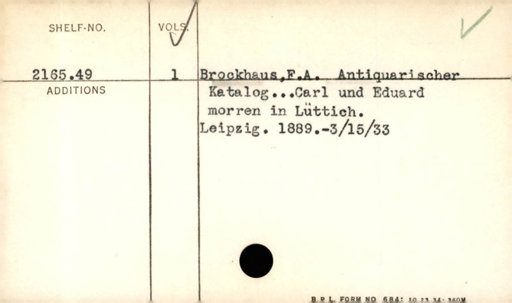
Label: content